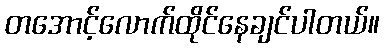
တအောင့်လောက်ထိုင်နေချင်ပါတယ်။